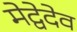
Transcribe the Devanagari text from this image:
मेद्वेदेव